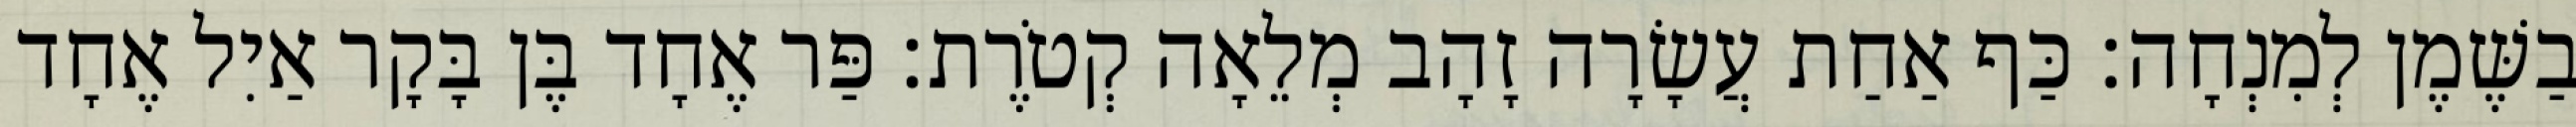
בַשֶּׁמֶן לְמִנְחָה׃ כַּף אַחַת עֲשָׂרָה זָהָב מְלֵאָה קְטֹרֶת׃ פַּר אֶחָד בֶּן בָּקָר אַיִל אֶחָד